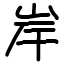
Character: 岸